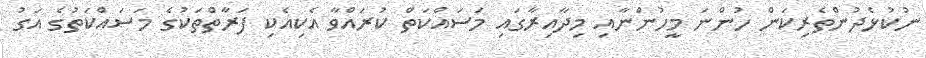
ނުކުޅެދުންތެރިކަން ހުންނަ މީހުންނާއި މިދާއިރާގައި މަސައްކަތް ކުރައްވާ އެކިއެކި ފަރާތްތަކުގެ މަސައްކަތުގެ އަގު